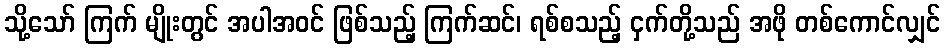
သို့သော် ကြက် မျိုးတွင် အပါအဝင် ဖြစ်သည့် ကြက်ဆင်၊ ရစ်စသည့် ငှက်တို့သည် အဖို တစ်ကောင်လျှင်